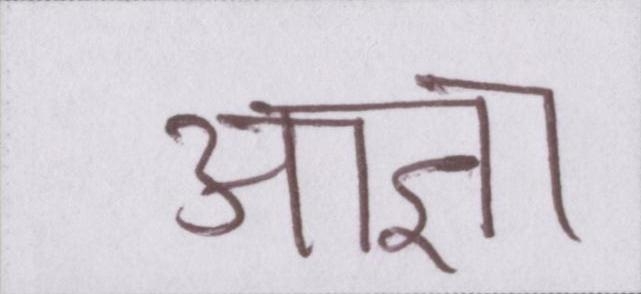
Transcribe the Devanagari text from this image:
आज्ञा